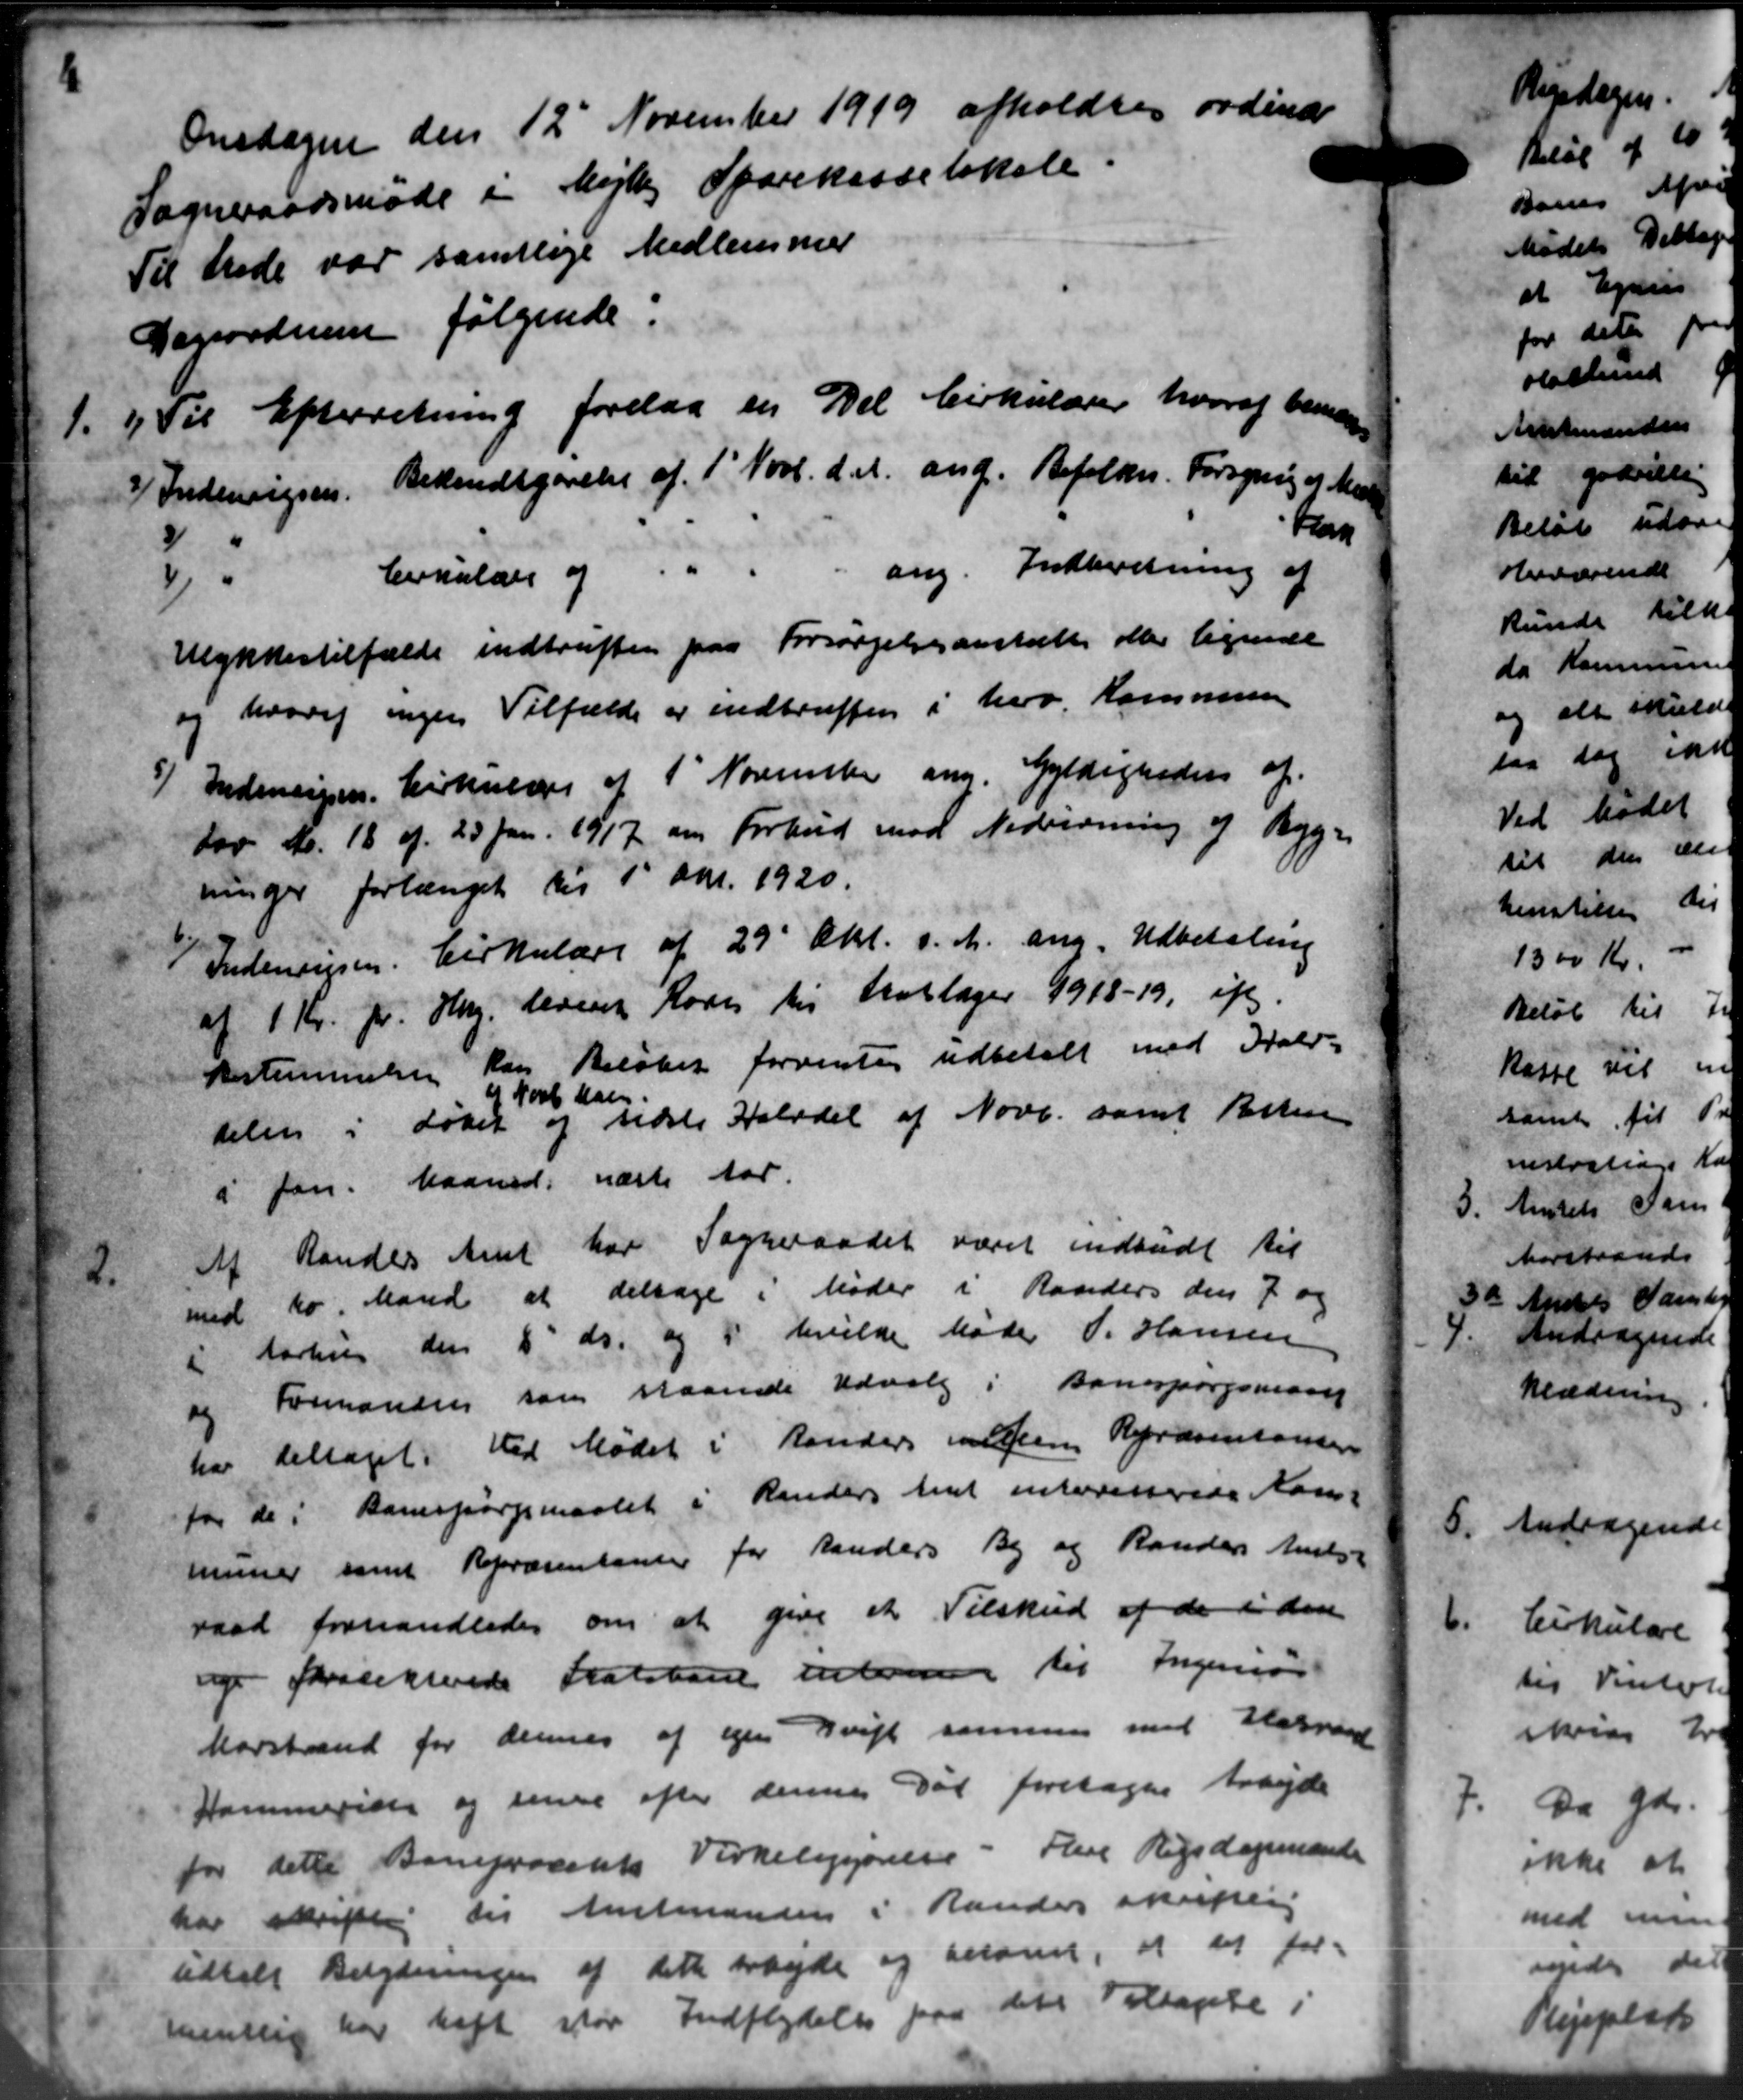
Transskription:
Onsdagen den 12' November 1919 afholdtes ordinær
Sogneraadsmøde i Mejlby Sparekasselokale.
Til Møde var samtlige Medlemmer
Danordne følgende.
1.
1) Til Efterretning forelaa en Del Cirkulærer hvoraf bemær
2) Indenrigsen. Bekendtgørelse af 1' Novb. d. A. ang. Befolkn. Forsyning af Mand
3) tan
4) Cirkulære og ang. Indberetning af
Ulykkestilfælde indtruffer paa Forsørgelsesanstalte eller lignede
og hvoraf ingen Tilfælde er indtræften i herv. Kommunen
5) Indenrigen. Cirkulære af 1' November ang. Gyldigheden af
Lov Nr. 18 af 23 Jan. 1917 om Forbud mod Nedrivning af Bygn
ninger forlænget til 1' Apr. 1920.
Indenrigsen. Cirkulære af 29 Okt. d. A. ang. Udbetaling
af 1 Kr. pr. Hug. deren Ravn til hoslager 1918-19, ift.
Bestemmelsen kan Beløbet forventes udbetalt med Stald-
og sidste Halvdel af Novb. samt Resten
4 Novb Han
telen i Løbet
i Jan. Maaned næste Aar.
2.
Af Randers Amt har Sogneraadet været indbudt til
med ko. Mand at deltage i Møder i Randers den 7 og
2 Aarhus den 8' ds. og i hvilke Møde P. Hansen
09 Formanden som staaede Udvalg i Banespørgsmand
har deltaget. Ved Mødet i Randers Larsens Repræsentansen
for de i Banespørgsmaalet i Randers Amt interiserede Kom-
muner samt Repræsentanter for Randers By og Randers Amtsr
raad forhandledes om at give et Tilskud af de i den
og forstikterede Statsbane interen til Ingeniør
Marstrand for dennes af egen Drift samme med Harvand
Hammeriske og sende efter dennes Død foretages Arbejde
for dette Baneprocents Virkeliggørelse - Frede Rigsdapmande
har skrifte til Amtmanden i Randers skarten
udtalt Betydningen af dette Arbejde og betales, at det for=
mentlig har haft stør Indflydelse paa dets Tiltagelse.